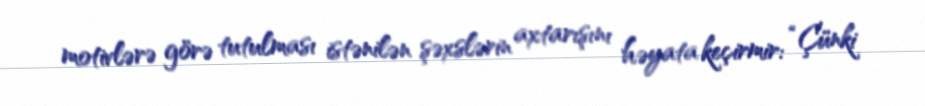
motivlərə görə tutulması istənilən şəxslərin axtarışını həyata keçirmir: “Çünki